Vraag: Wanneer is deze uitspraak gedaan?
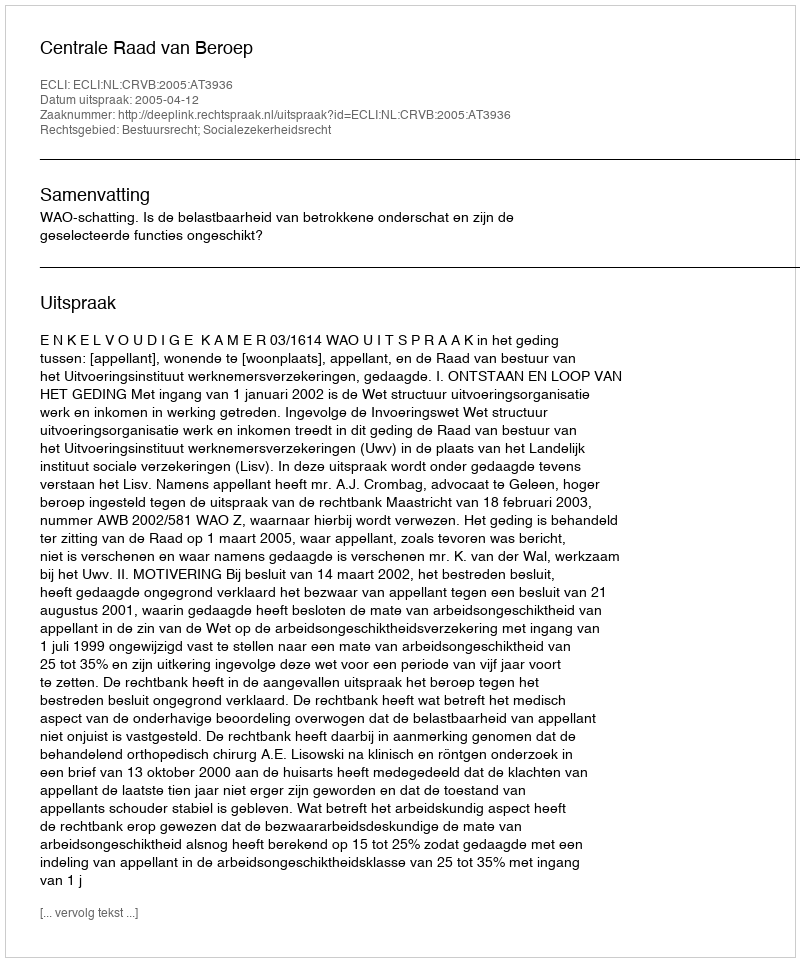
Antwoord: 2005-04-12